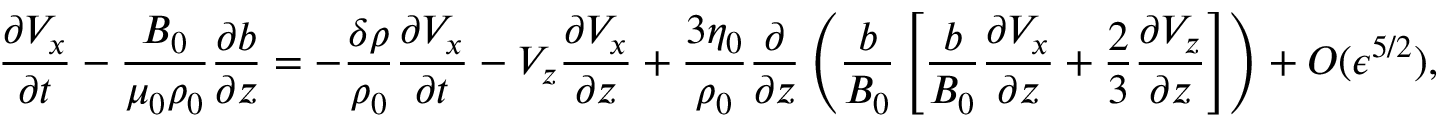
\frac { \partial V _ { x } } { \partial t } - \frac { B _ { 0 } } { \mu _ { 0 } \rho _ { 0 } } \frac { \partial b } { \partial z } = - \frac { \delta \rho } { \rho _ { 0 } } \frac { \partial V _ { x } } { \partial t } - V _ { z } \frac { \partial V _ { x } } { \partial z } + \frac { 3 \eta _ { 0 } } { \rho _ { 0 } } \frac { \partial } { \partial z } \left( \frac { b } { B _ { 0 } } \left[ \frac { b } { B _ { 0 } } \frac { \partial V _ { x } } { \partial z } + \frac { 2 } { 3 } \frac { \partial V _ { z } } { \partial z } \right] \right) + O ( \epsilon ^ { 5 / 2 } ) ,